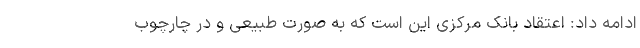
ادامه داد: اعتقاد بانک مرکزی این است که به صورت طبیعی و در چارچوب